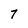
Character: 7